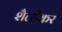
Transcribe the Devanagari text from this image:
शैलीकर